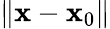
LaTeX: {\left\| {{\mathbf{x}}-{{\mathbf{x}}_{0}}}\right\| }